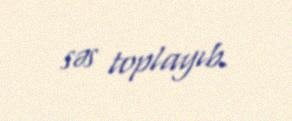
səs toplayıb.